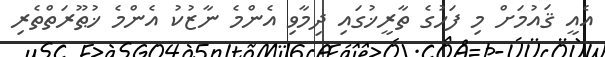
އެއީ ޤައުމަށް މި ފަހުގެ ތާރީޚުގައި ދިމާވި އެންމެ ނާޒުކު އެންމެ ޚުޠޫރަތްތެރި